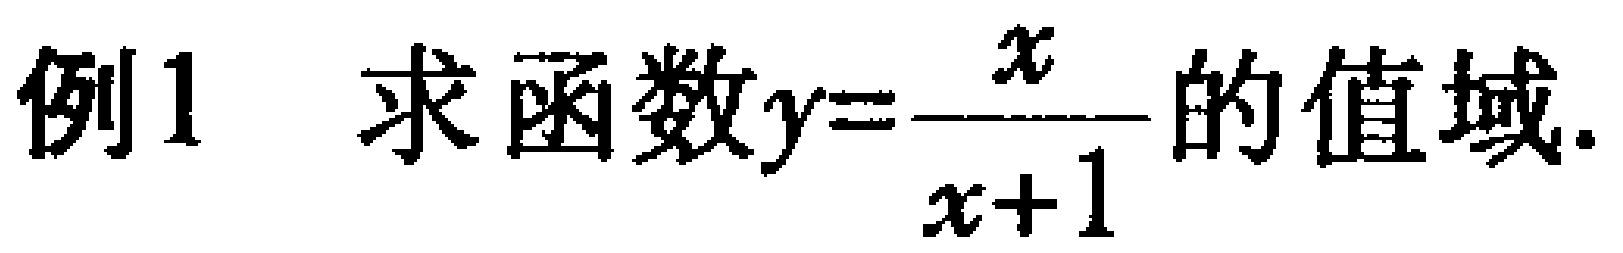
例1 求函数$y=\frac{x}{x + 1}$的值域.